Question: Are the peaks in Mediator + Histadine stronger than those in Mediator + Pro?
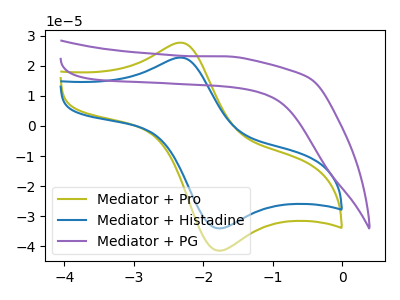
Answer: <think>The olive curve "Mediator + Pro" has an anodic peak at (-2.30V, 27.65uA) and a cathodic peak at (-1.80V, -41.40uA). The blue curve "Mediator + Histadine" has an anodic peak at (-2.30V, 22.70uA) and a cathodic peak at (-1.80V, -34.00uA). The purple curve "Mediator + PG" has no peaks.</think>
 <answer>Every peak in "Mediator + Histadine" is lower than every peak in "Mediator + Pro".</answer>
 <eval>lower</eval>